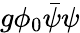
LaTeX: g\phi_{0}{\bar{\psi}}\psi